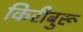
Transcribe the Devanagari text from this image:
किरीबुरू